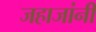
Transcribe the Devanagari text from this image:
जहाजांनी